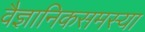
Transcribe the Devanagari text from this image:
वैज्ञानिकसमस्या